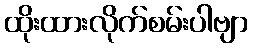
ထိုးထားလိုက်စမ်းပါဗျာ